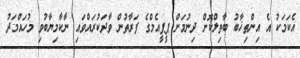
އެކަމަކު އެ އިންތިޚާބު ބާތިލްކޮށް ދިނުމަށް ޕީޕީއެމްގެ ފަރާތުން ވާދަކުރައްވައި ނާކާމިޔާބުވި މުހައްމަދު